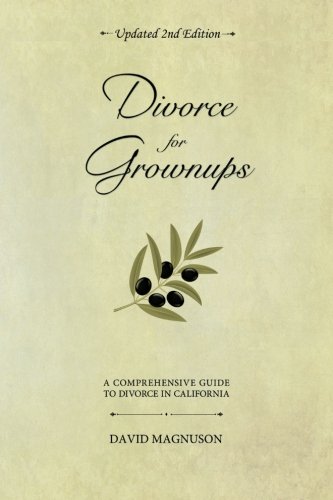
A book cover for Divorce for Grownups, a Comprehensive Guide to Divorce in California; David Magnuson; Law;